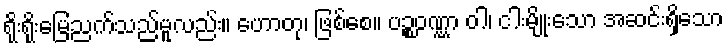
ရိုးရိုးမြေညက်သည်မူလည်း။ ဟောတု၊ ဖြစ်စေ။ ပဉ္စဝဏ္ဏာ ဝါ၊ ငါးမျိုးသော အဆင်းရှိသော